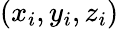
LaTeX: (x_{i},y_{i},z_{i})